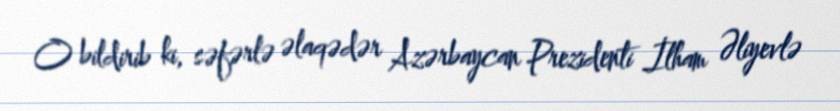
O bildirib ki, səfərlə əlaqədər Azərbaycan Prezidenti İlham Əliyevlə